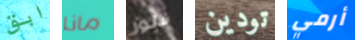
ابق ماذا فلور تودين أرمي